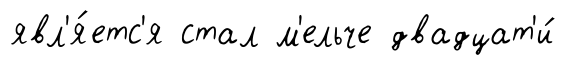
явл'я́етс'я стал м'ельче двадцат'и́